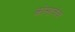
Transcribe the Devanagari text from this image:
कोसाचेव